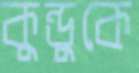
কুন্ডুকে